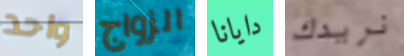
واحد الزواج دايانا نريدك